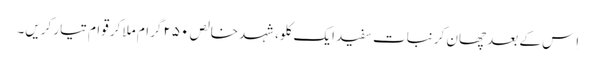
اِس کے بعد چھان کر نبات سفید ایک کلو، شہد خالص ۲۵۰ گرام ملا کر قوام تیار کریں۔